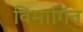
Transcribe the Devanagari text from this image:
विमार्गित